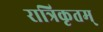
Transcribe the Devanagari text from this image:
रात्रिकृतम्‌